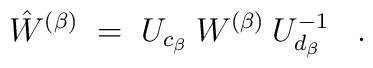
\hat{W}^{(\beta)} \;=\; U_{c_\beta} \:W^{(\beta)} \:U_{d_\beta}^{-1} \;\;\; .